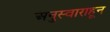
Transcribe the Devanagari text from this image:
अनुस्वाराहून